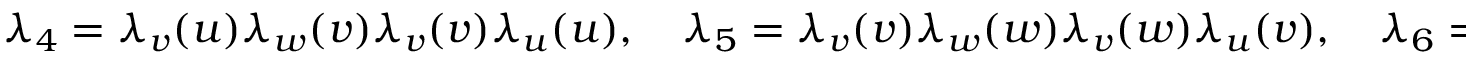
\lambda _ { 4 } = \lambda _ { v } ( u ) \lambda _ { w } ( v ) \lambda _ { v } ( v ) \lambda _ { u } ( u ) , \quad \lambda _ { 5 } = \lambda _ { v } ( v ) \lambda _ { w } ( w ) \lambda _ { v } ( w ) \lambda _ { u } ( v ) , \quad \lambda _ { 6 } = \lambda _ { v } ( w ) \lambda _ { w } ( u ) \lambda _ { v } ( u ) \lambda _ { u } ( w )